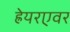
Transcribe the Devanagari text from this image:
ह्रेयरएवर